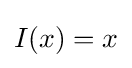
I\!\left(x\right)=x